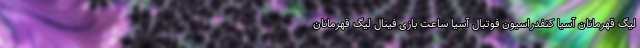
لیگ قهرمانان آسیا کنفدراسیون فوتبال آسیا ساعت بازی فینال لیگ قهرمانان